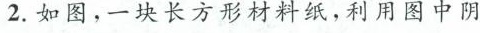
2.如图，一块长方形材料纸，利用图中阴